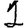
Digit: 1